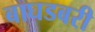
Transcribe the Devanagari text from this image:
बाघडबरी